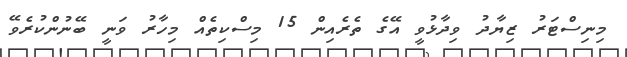
މިނިސްޓަރު ޒިޔާދު ވިދާޅުވީ އޭގެ ތެރެއިން 15 މިސްކިތެއް މިހާރު ވަނީ ބޭނުންކުރެވޭ